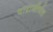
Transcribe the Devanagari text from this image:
पाराजीपंत